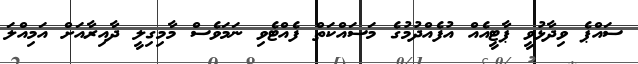
ސައްޕެ ވިދާޅުވީ ޕާޓީއެއް އުފެއްދުމުގެ މަސައްކަތް ފެއްޓެވި ނަމަވެސް މާމިގިލީ ދާއިރާއަށް އަމިއްލަ